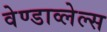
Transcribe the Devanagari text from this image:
वेण्डाव्लेल्स